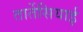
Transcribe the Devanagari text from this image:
तार्तेसियाई